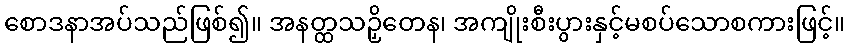
စောဒနာအပ်သည်ဖြစ်၍။ အနတ္ထသဉှိတေန၊ အကျိုးစီးပွားနှင့်မစပ်သောစကားဖြင့်။